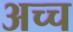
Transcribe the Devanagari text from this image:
अच्च